Opetatud_Eesti_Selts, lk 6
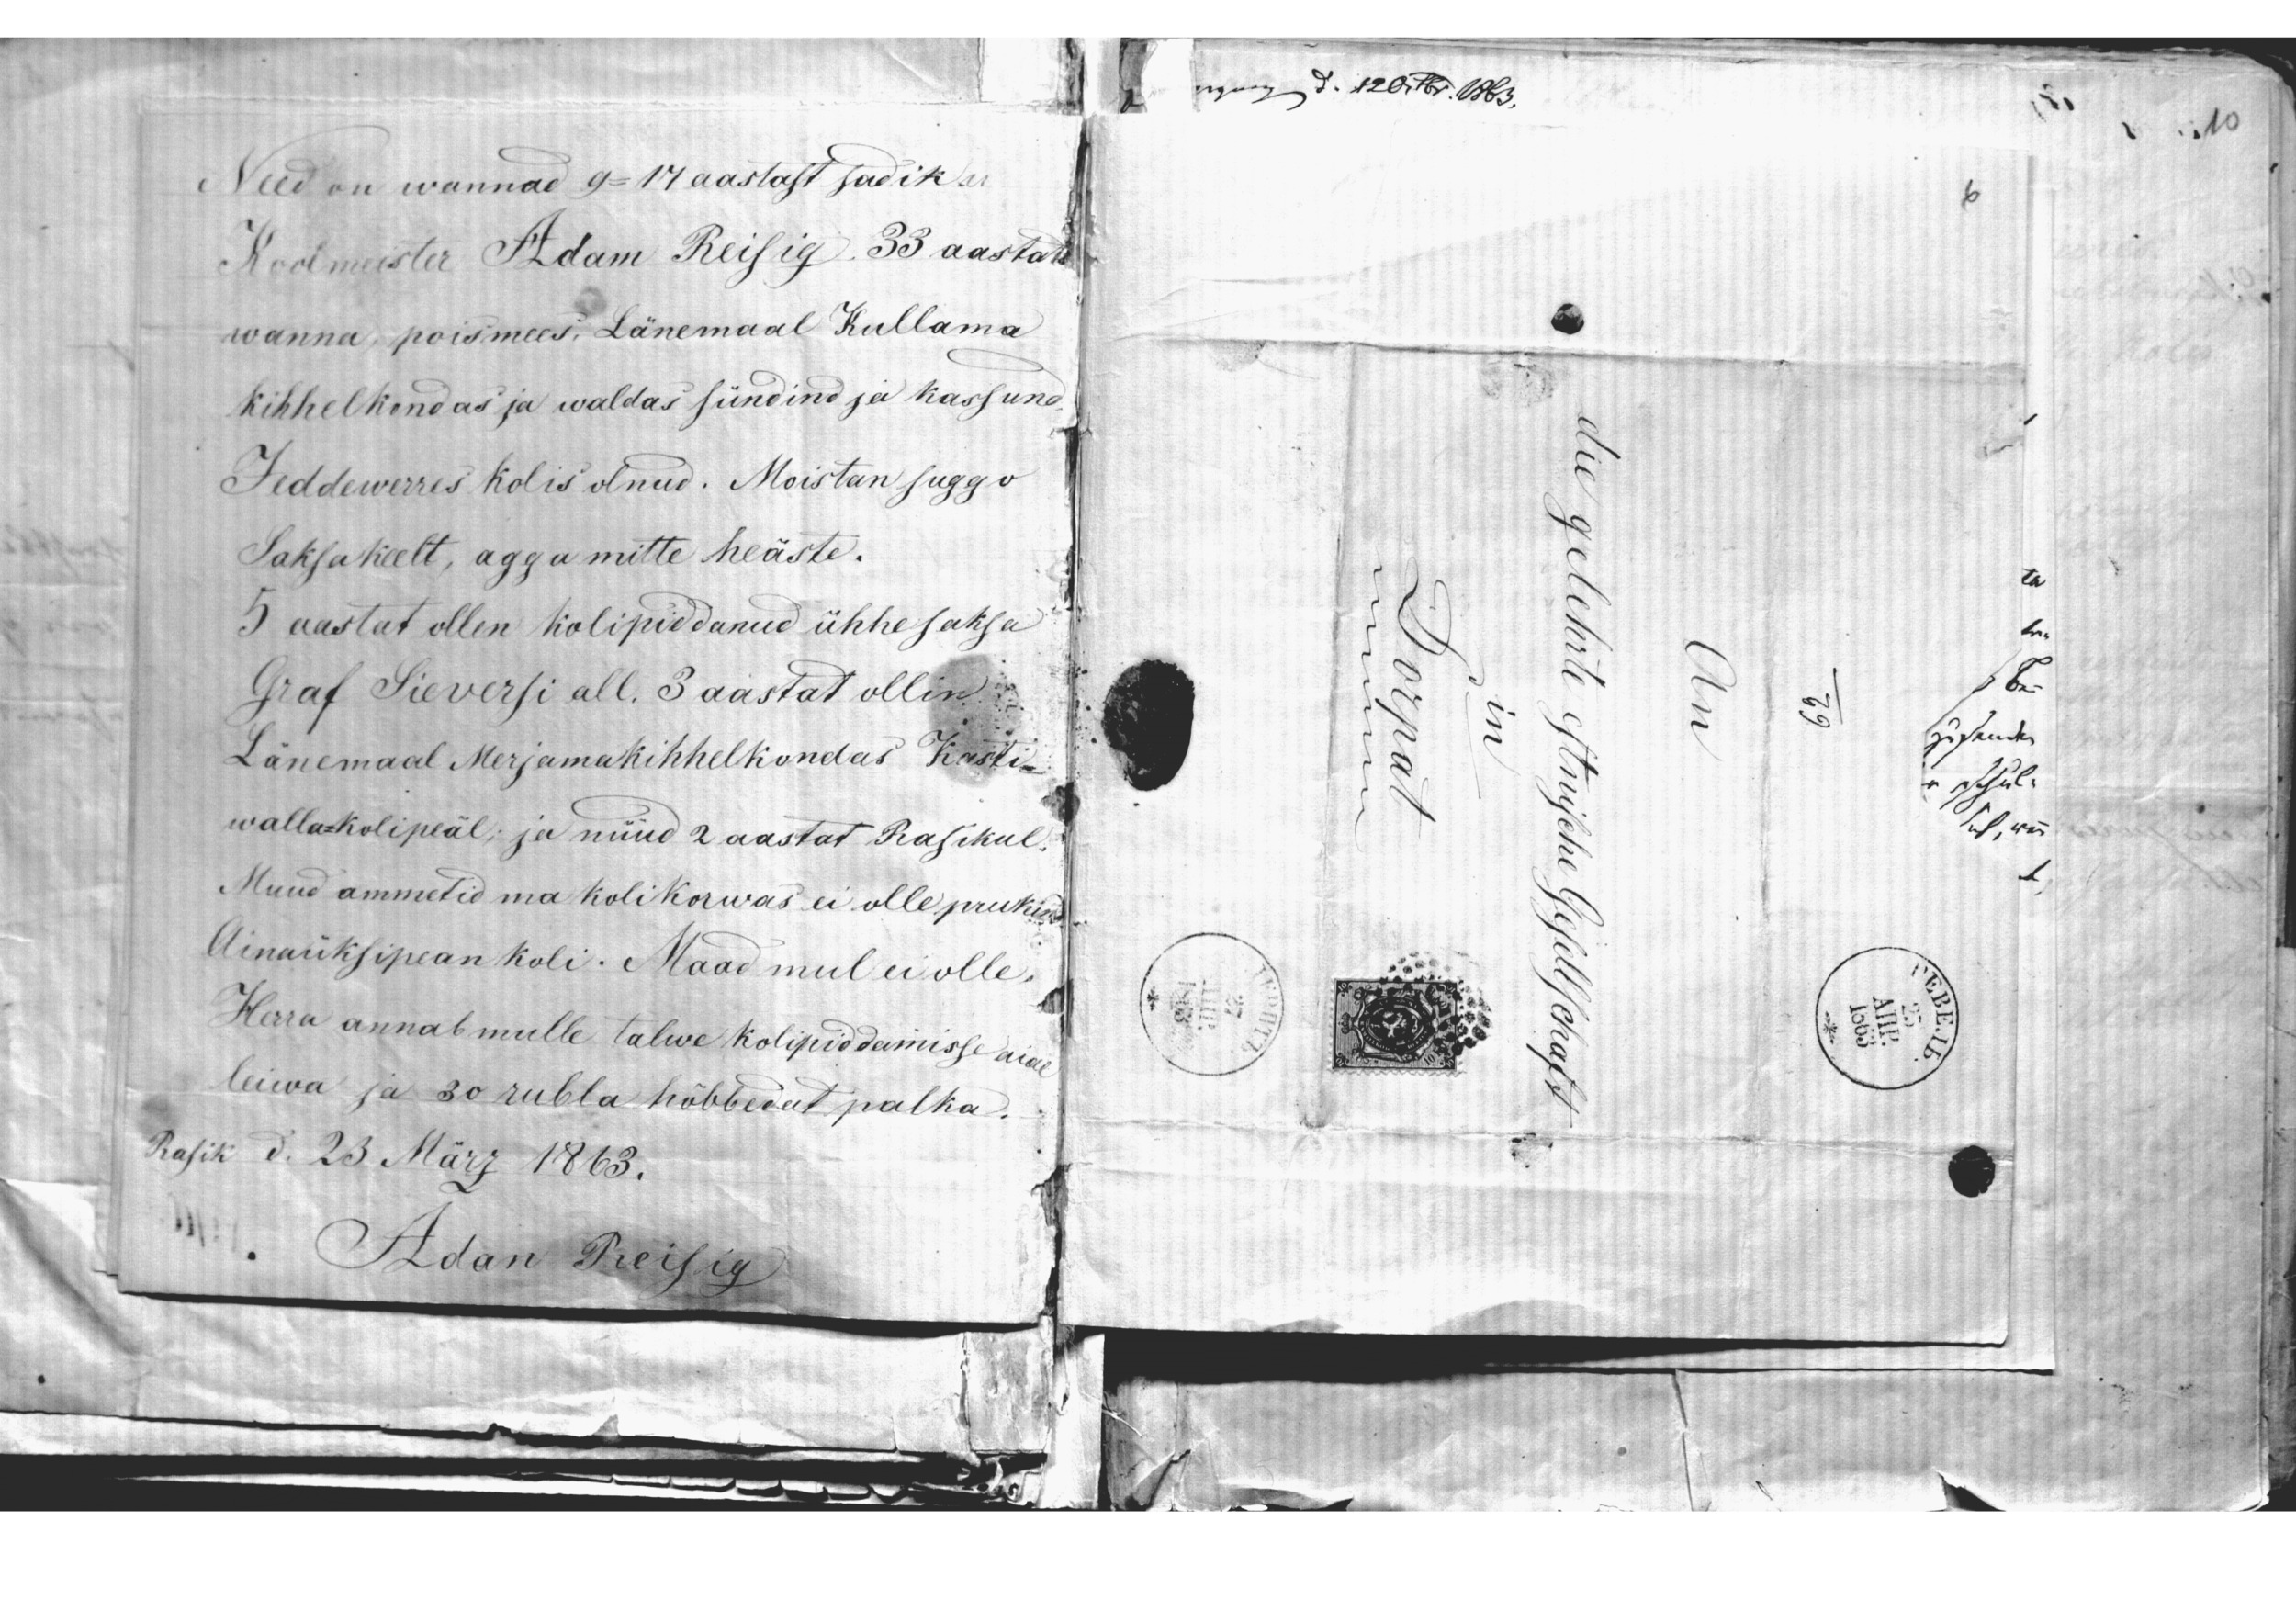
Need on wannad 9-17 aastast sadik u
Koolmeister Adam Reisig. 33 aastad
wanna, poismees, Länemaal Kullama
Kihhelkondas ja waldas sündind ja kassund
Jeddewerres kolis olnud. Moistan suggo
Saksa keelt, agga mitte heäste.
5 aastat ollen kolipiddanud ühhe saksa
Graf Sieversi all. 3 aastat ollin
Länemaal Merjamakihhelkondas Kasti
walla kolipeäl; ja nüüd 2 aastat Rasikul.
Muud ammetid ma koli korwas ei olle prukind.
Ainaüksipean koli. Maad mul ei olle,
Herra annab mulle talwe kolipiddamisse aial
leiwa ja 30 rubla hõbbedat palka.
Rasik d. 23. März 1863.
Adam Reisig